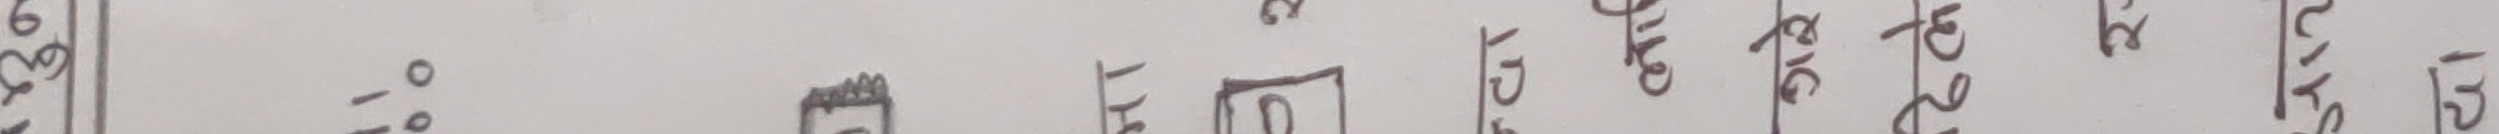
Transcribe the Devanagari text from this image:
0% 0%

कु
कु.